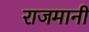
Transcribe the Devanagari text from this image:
राजमानी